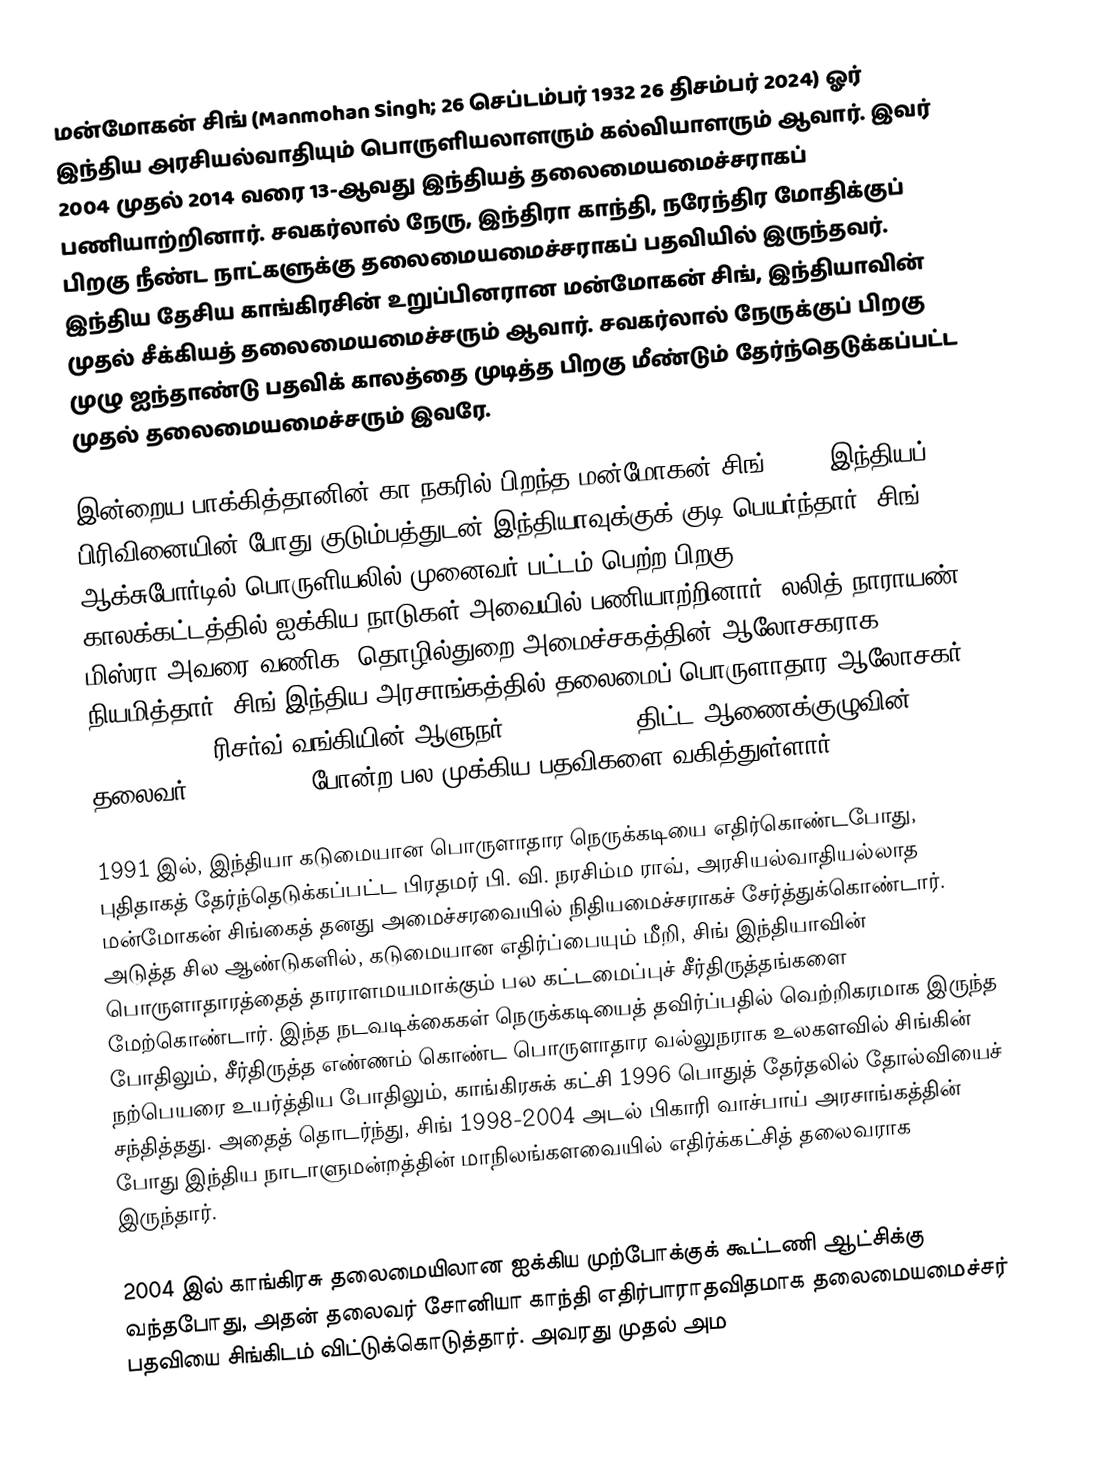
மன்மோகன் சிங் (Manmohan Singh; 26 செப்டம்பர் 1932  26 திசம்பர் 2024) ஓர் இந்திய அரசியல்வாதியும் பொருளியலாளரும் கல்வியாளரும் ஆவார். இவர் 2004 முதல் 2014 வரை 13-ஆவது இந்தியத் தலைமையமைச்சராகப் பணியாற்றினார். சவகர்லால் நேரு, இந்திரா காந்தி, நரேந்திர மோதிக்குப் பிறகு நீண்ட நாட்களுக்கு தலைமையமைச்சராகப் பதவியில் இருந்தவர். இந்திய தேசிய காங்கிரசின் உறுப்பினரான மன்மோகன் சிங், இந்தியாவின் முதல் சீக்கியத் தலைமையமைச்சரும் ஆவார். சவகர்லால் நேருக்குப் பிறகு முழு ஐந்தாண்டு பதவிக் காலத்தை முடித்த பிறகு மீண்டும் தேர்ந்தெடுக்கப்பட்ட முதல் தலைமையமைச்சரும் இவரே.

இன்றைய பாக்கித்தானின் கா நகரில் பிறந்த மன்மோகன் சிங், 1947 இந்தியப் பிரிவினையின் போது குடும்பத்துடன் இந்தியாவுக்குக் குடி பெயர்ந்தார். சிங் ஆக்சுபோர்டில் பொருளியலில் முனைவர் பட்டம் பெற்ற பிறகு, 1966-1969 காலக்கட்டத்தில் ஐக்கிய நாடுகள் அவையில் பணியாற்றினார். லலித் நாராயண் மிஸ்ரா அவரை வணிக, தொழில்துறை அமைச்சகத்தின் ஆலோசகராக நியமித்தார். சிங் இந்திய அரசாங்கத்தில் தலைமைப் பொருளாதார ஆலோசகர் (1972-1976), ரிசர்வ் வங்கியின் ஆளுநர் (1982-1985), திட்ட ஆணைக்குழுவின் தலைவர் (1985-1987) போன்ற பல முக்கிய பதவிகளை வகித்துள்ளார்.

1991 இல், இந்தியா கடுமையான பொருளாதார நெருக்கடியை எதிர்கொண்டபோது, புதிதாகத் தேர்ந்தெடுக்கப்பட்ட பிரதமர் பி. வி. நரசிம்ம ராவ், அரசியல்வாதியல்லாத மன்மோகன் சிங்கைத் தனது அமைச்சரவையில் நிதியமைச்சராகச் சேர்த்துக்கொண்டார். அடுத்த சில ஆண்டுகளில், கடுமையான எதிர்ப்பையும் மீறி, சிங் இந்தியாவின் பொருளாதாரத்தைத் தாராளமயமாக்கும் பல கட்டமைப்புச் சீர்திருத்தங்களை மேற்கொண்டார். இந்த நடவடிக்கைகள் நெருக்கடியைத் தவிர்ப்பதில் வெற்றிகரமாக இருந்த போதிலும், சீர்திருத்த எண்ணம் கொண்ட பொருளாதார வல்லுநராக உலகளவில் சிங்கின் நற்பெயரை உயர்த்திய போதிலும், காங்கிரசுக் கட்சி 1996 பொதுத் தேர்தலில் தோல்வியைச் சந்தித்தது. அதைத் தொடர்ந்து, சிங் 1998-2004 அடல் பிகாரி வாச்பாய் அரசாங்கத்தின் போது இந்திய நாடாளுமன்றத்தின் மாநிலங்களவையில் எதிர்க்கட்சித் தலைவராக இருந்தார்.

2004 இல் காங்கிரசு தலைமையிலான ஐக்கிய முற்போக்குக் கூட்டணி ஆட்சிக்கு வந்தபோது, அதன் தலைவர் சோனியா காந்தி எதிர்பாராதவிதமாக தலைமையமைச்சர் பதவியை சிங்கிடம் விட்டுக்கொடுத்தார். அவரது முதல் அம